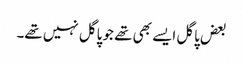
بعض پاگل ایسے بھی تھے جو پاگل نہیں تھے۔